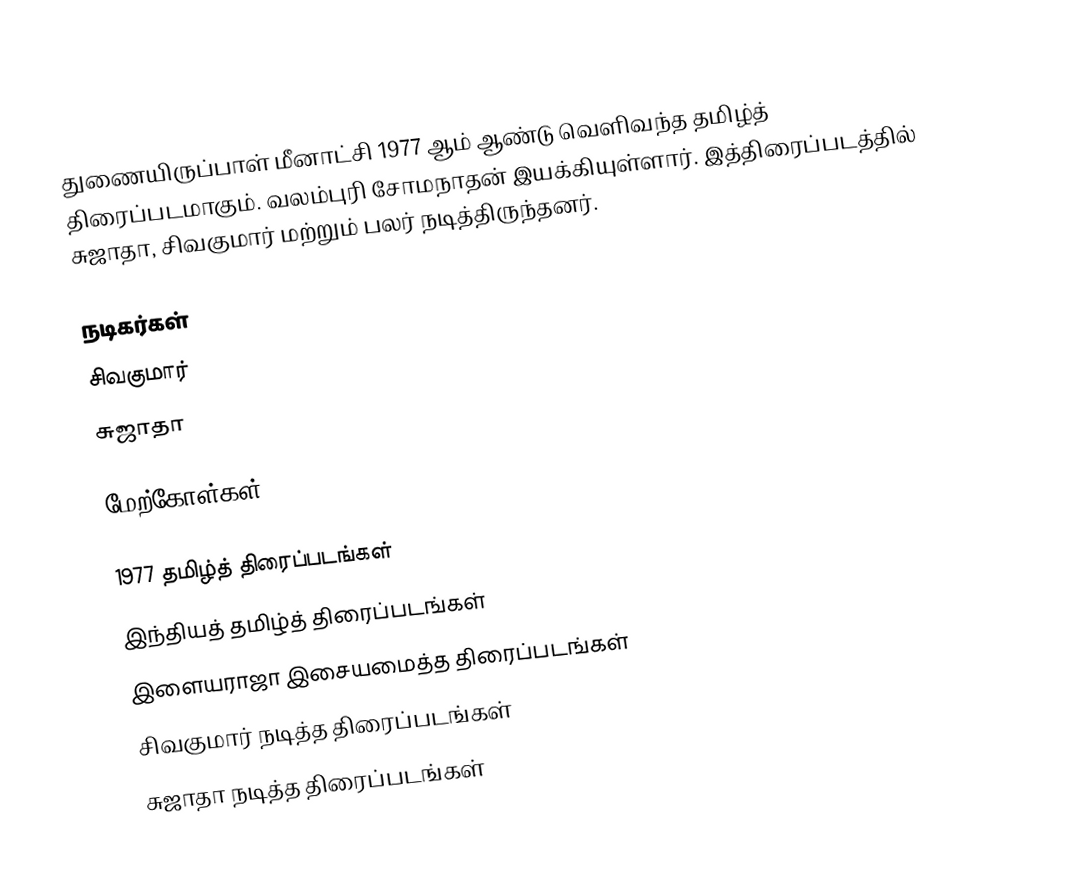
துணையிருப்பாள் மீனாட்சி 1977 ஆம் ஆண்டு வெளிவந்த தமிழ்த் திரைப்படமாகும். வலம்புரி சோமநாதன் இயக்கியுள்ளார். இத்திரைப்படத்தில் சுஜாதா, சிவகுமார் மற்றும் பலர் நடித்திருந்தனர்.

நடிகர்கள்
 சிவகுமார்
 சுஜாதா

மேற்கோள்கள்

1977 தமிழ்த் திரைப்படங்கள்
இந்தியத் தமிழ்த் திரைப்படங்கள்
இளையராஜா இசையமைத்த திரைப்படங்கள்
சிவகுமார் நடித்த திரைப்படங்கள்
சுஜாதா நடித்த திரைப்படங்கள்